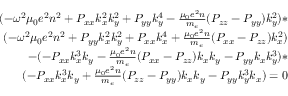
\begin{array} { r } { ( - \omega ^ { 2 } \mu _ { 0 } e ^ { 2 } n ^ { 2 } + P _ { x x } k _ { x } ^ { 2 } k _ { y } ^ { 2 } + P _ { y y } k _ { y } ^ { 4 } - \frac { \mu _ { 0 } e ^ { 2 } n } { m _ { e } } ( P _ { z z } - P _ { y y } ) k _ { y } ^ { 2 } ) * } \\ { ( - \omega ^ { 2 } \mu _ { 0 } e ^ { 2 } n ^ { 2 } + P _ { y y } k _ { x } ^ { 2 } k _ { y } ^ { 2 } + P _ { x x } k _ { x } ^ { 4 } + \frac { \mu _ { 0 } e ^ { 2 } n } { m _ { e } } ( P _ { x x } - P _ { z z } ) k _ { x } ^ { 2 } ) } \\ { - ( - P _ { x x } k _ { x } ^ { 3 } k _ { y } - \frac { \mu _ { 0 } e ^ { 2 } n } { m _ { e } } ( P _ { x x } - P _ { z z } ) k _ { x } k _ { y } - P _ { y y } k _ { x } k _ { y } ^ { 3 } ) * } \\ { ( - P _ { x x } k _ { x } ^ { 3 } k _ { y } + \frac { \mu _ { 0 } e ^ { 2 } n } { m _ { e } } ( P _ { z z } - P _ { y y } ) k _ { x } k _ { y } - P _ { y y } k _ { y } ^ { 3 } k _ { x } ) = 0 } \end{array}